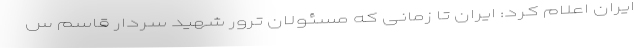
ایران اعلام کرد: ایران تا زمانی که مسئولان ترور شهید سردار قاسم س